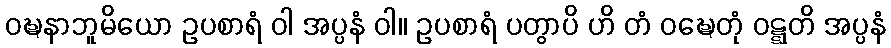
ဝဍ္ဎနာဘူမိယော ဥပစာရံ ဝါ အပ္ပနံ ဝါ။ ဥပစာရံ ပတွာပိ ဟိ တံ ဝဍ္ဎေတုံ ဝဋ္ဋတိ အပ္ပနံ